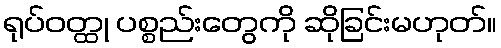
ရုပ်ဝတ္ထု ပစ္စည်းတွေကို ဆိုခြင်းမဟုတ်။